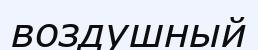
воздушный